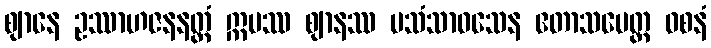
ဈာနေ ဥဿာဟဇနနတ္ထံ ဣမဿ ဈာနဿ ပသံသာဝသေန ဧတာသမေတ္ထ ဝစနံ